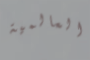
العالمية